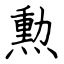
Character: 勲